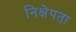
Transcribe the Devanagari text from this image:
निक्षेपता